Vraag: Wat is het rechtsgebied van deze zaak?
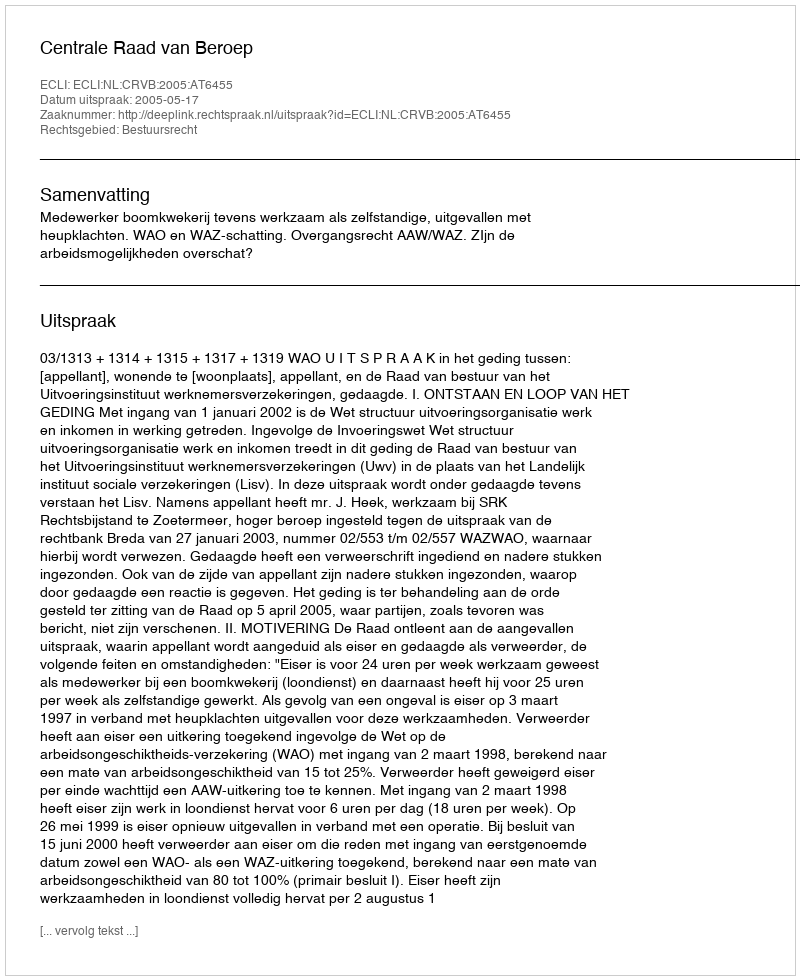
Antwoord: Bestuursrecht